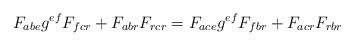
LaTeX: \begin{align*}F_{abe}g^{ef}F_{fcr}+F_{abr}F_{rcr}=F_{ace}g^{ef}F_{fbr}+F_{acr}F_{rbr}\end{align*}